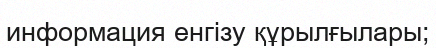
информация енгізу құрылғылары;